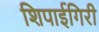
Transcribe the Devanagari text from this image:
शिपाईगिरी